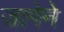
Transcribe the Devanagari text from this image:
जागेने